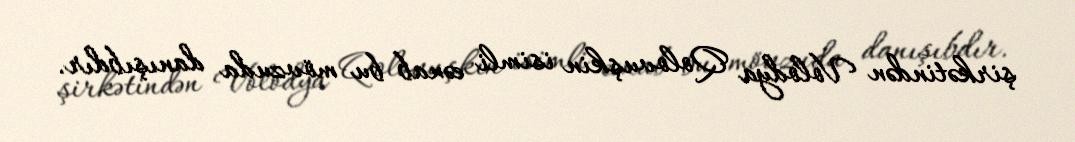
şirkətindən Volodya Qolovuşkin isimli cənab bu mövzuda danışıbdır.